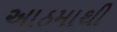
આઠમાથી